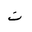
Letter: _non